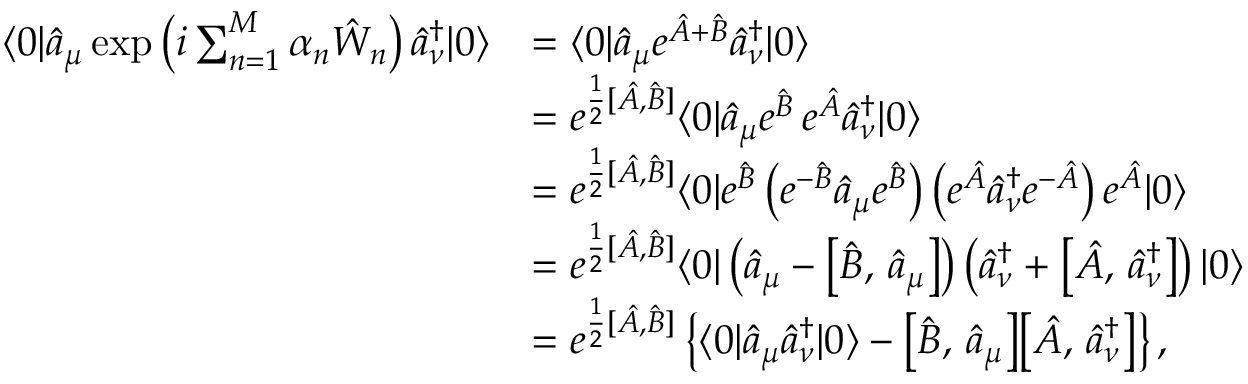
\begin{array} { r l } { \langle 0 | \hat { a } _ { \mu } \exp \left( i \sum _ { n = 1 } ^ { M } \alpha _ { n } \hat { W } _ { n } \right) \hat { a } _ { \nu } ^ { \dagger } | 0 \rangle } & { = \langle 0 | \hat { a } _ { \mu } e ^ { \hat { A } + \hat { B } } \hat { a } _ { \nu } ^ { \dagger } | 0 \rangle } \\ & { = e ^ { \frac { 1 } { 2 } [ \hat { A } , \hat { B } ] } \langle 0 | \hat { a } _ { \mu } e ^ { \hat { B } } \, e ^ { \hat { A } } \hat { a } _ { \nu } ^ { \dagger } | 0 \rangle } \\ & { = e ^ { \frac { 1 } { 2 } [ \hat { A } , \hat { B } ] } \langle 0 | e ^ { \hat { B } } \left( e ^ { - \hat { B } } \hat { a } _ { \mu } e ^ { \hat { B } } \right) \left( e ^ { \hat { A } } \hat { a } _ { \nu } ^ { \dagger } e ^ { - \hat { A } } \right) e ^ { \hat { A } } | 0 \rangle } \\ & { = e ^ { \frac { 1 } { 2 } [ \hat { A } , \hat { B } ] } \langle 0 | \left( \hat { a } _ { \mu } - \bigl [ \hat { B } , \, \hat { a } _ { \mu } \bigr ] \right) \left( \hat { a } _ { \nu } ^ { \dagger } + \bigl [ \hat { A } , \, \hat { a } _ { \nu } ^ { \dagger } \bigr ] \right) | 0 \rangle } \\ & { = e ^ { \frac { 1 } { 2 } [ \hat { A } , \hat { B } ] } \left\{ \langle 0 | \hat { a } _ { \mu } \hat { a } _ { \nu } ^ { \dagger } | 0 \rangle - \bigl [ \hat { B } , \, \hat { a } _ { \mu } \bigr ] \bigl [ \hat { A } , \, \hat { a } _ { \nu } ^ { \dagger } \bigr ] \right\} , } \end{array}